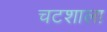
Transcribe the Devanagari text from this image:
चटशाला